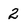
Character: 2